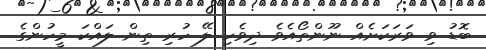
ބޮޑު ވި ވަރަކަށެއް ނޫންތޯއެވެ ދިވެހި ލޭ ހުރި ތިން ލައްކަ މީހުންގެ